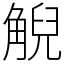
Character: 觬